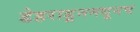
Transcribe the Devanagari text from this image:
डेहराडूनमधूनच